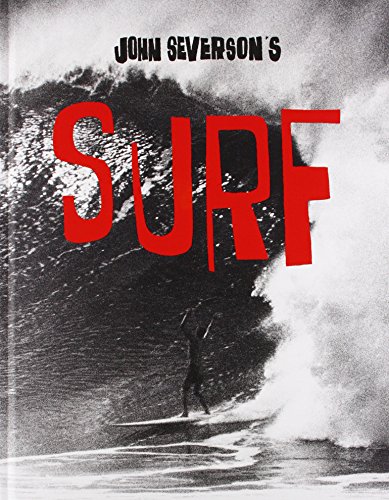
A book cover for John Severson's SURF; Sports & Outdoors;